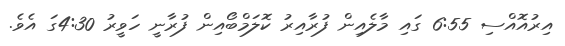
އިރުއޮއްސި 6:55 ގައި މާލެއިން ފުރާއިރު ކޮލަމްބޯއިން ފުރާނީ ހަވީރު 4:30ގަ އެވެ.